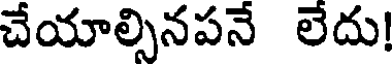
చేయాల్సినపనే లేదు!